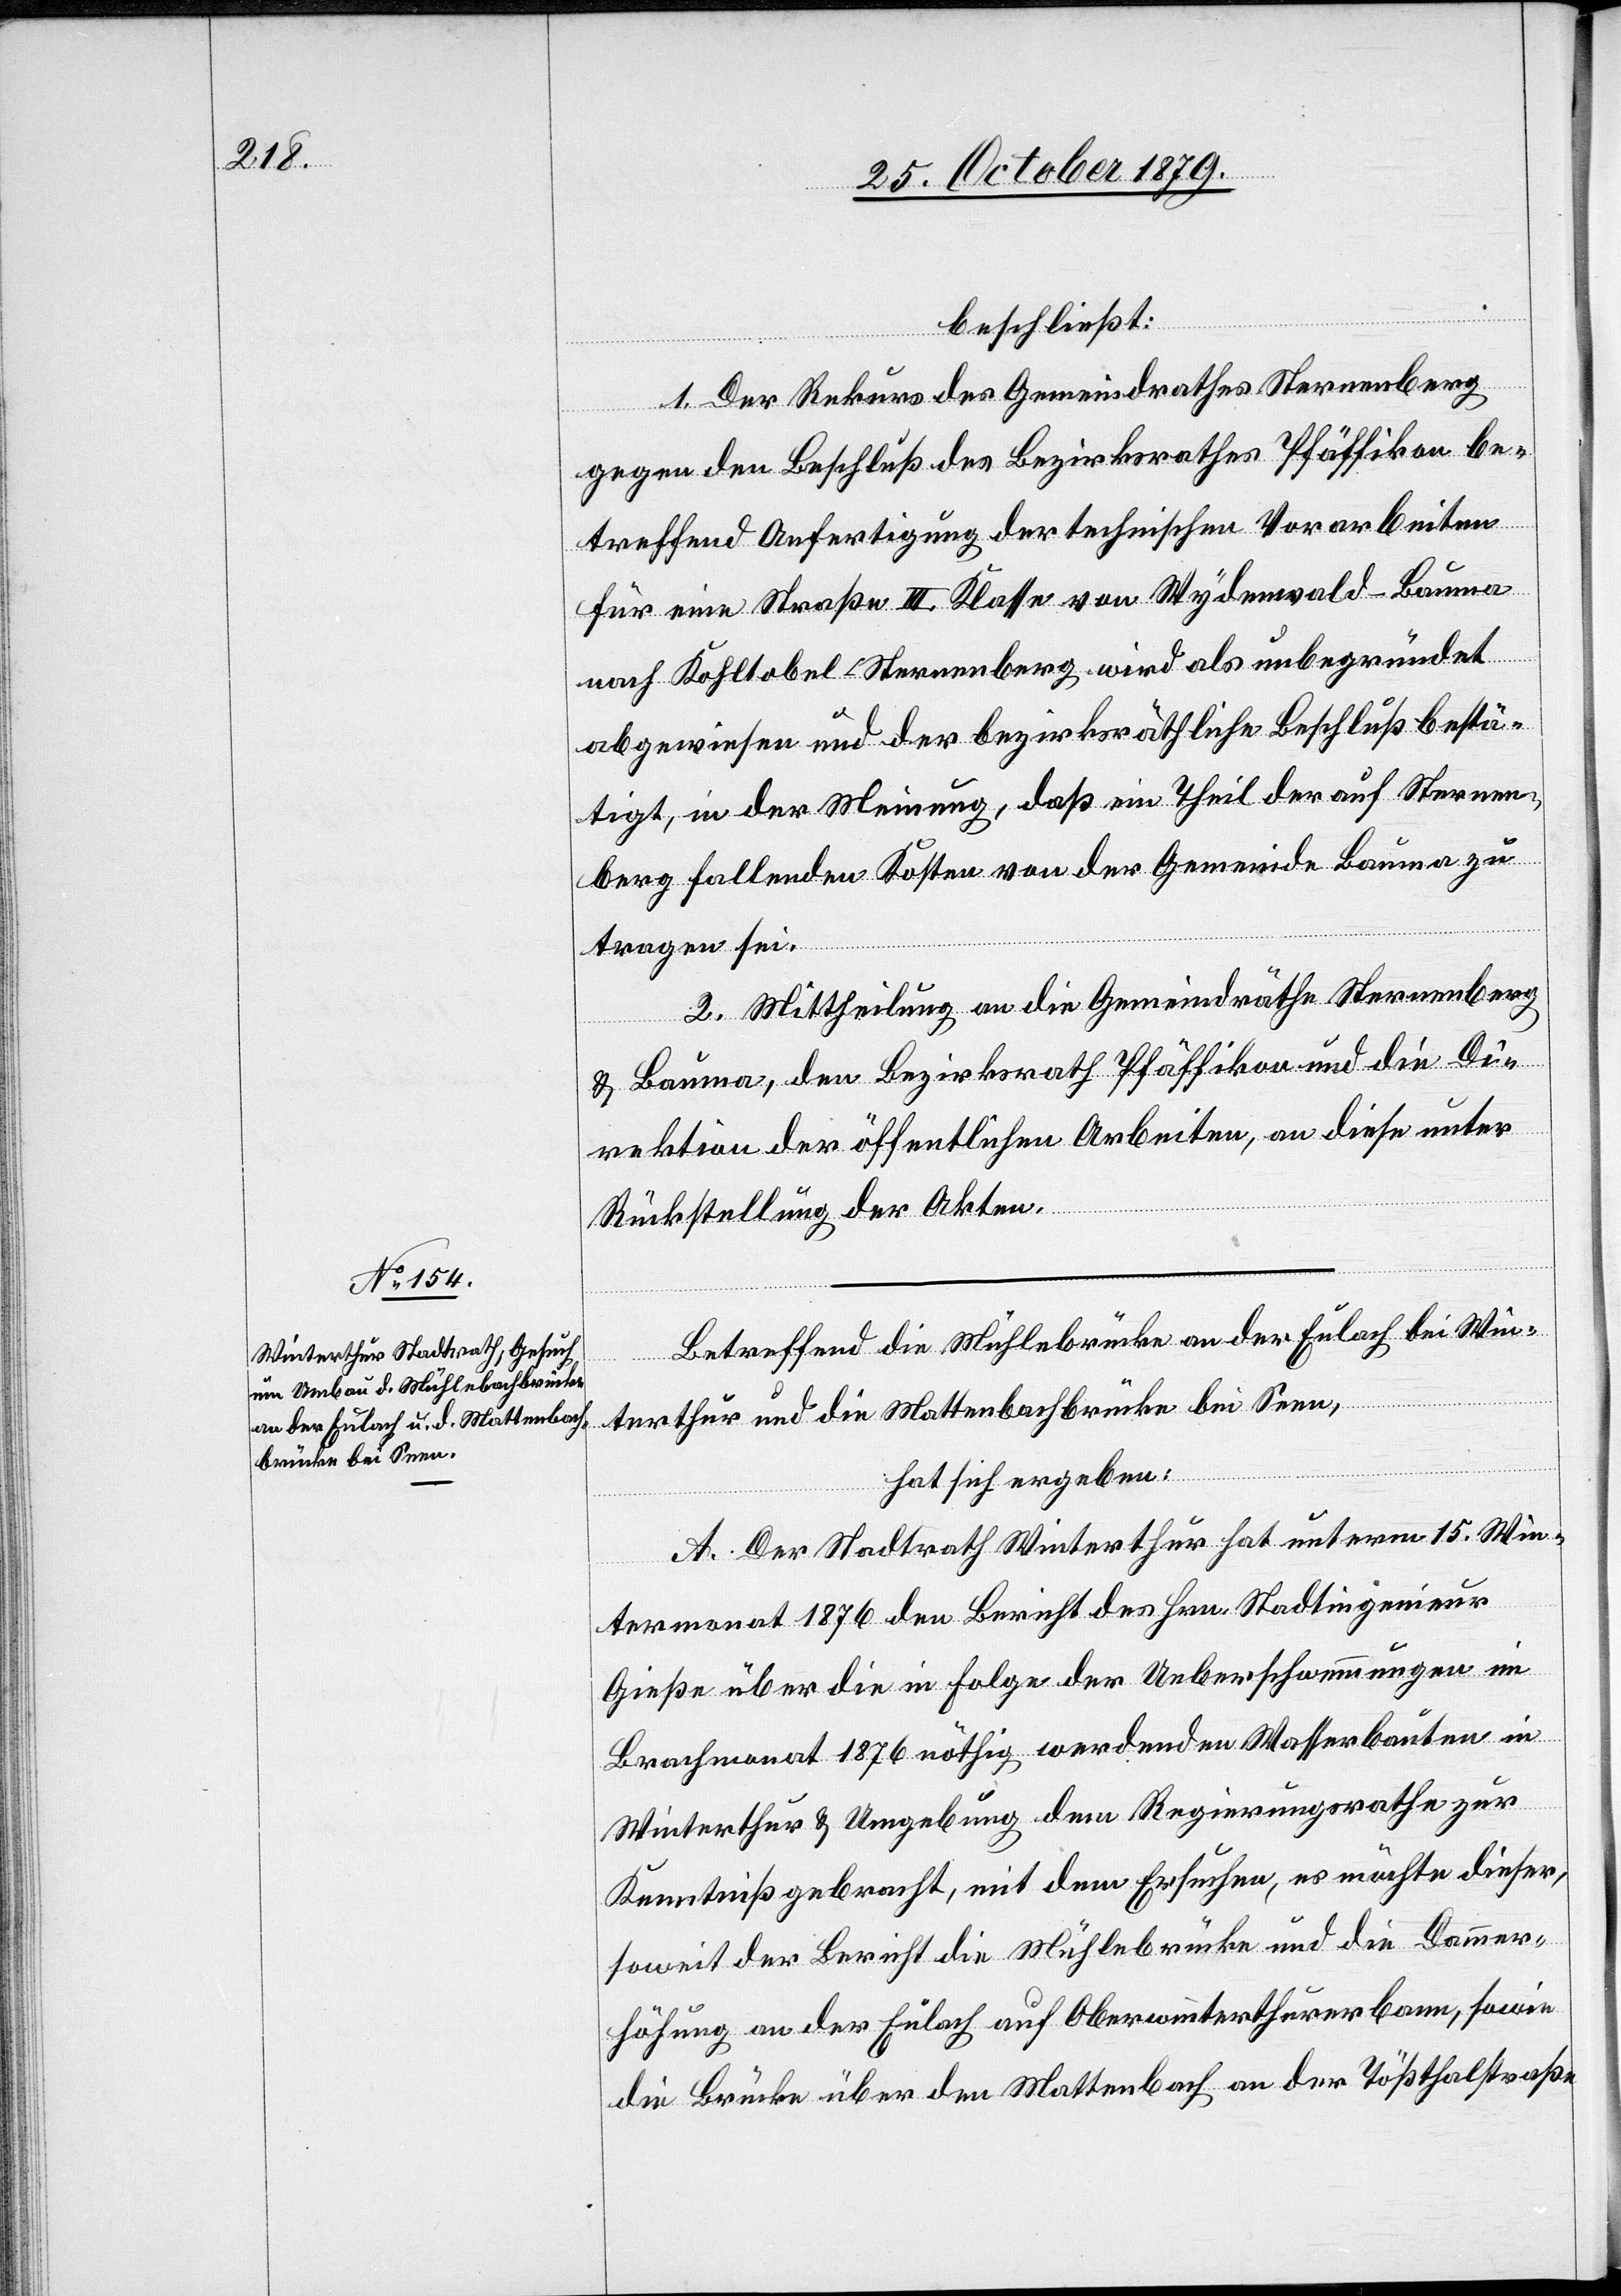
beschließt:
1. Der Rekurs des Gemeindrathes Sternenberg
gegen den Beschluß des Bezirksrathes Pfäffikon be¬
treffend Anfertigung der technischen Vorarbeiten
für eine Straße III. Klasse von Wydenwald - Bauma
nach Kohltobel - Sternenberg wird als unbegründet
abgewiesen und der bezirksräthliche Beschluß bestä¬
tigt, in der Meinung, daß ein Theil der auf Sternen¬
berg fallenden Kosten von der Gemeinde Bauma zu
tragen sei.
2. Mittheilung an die Gemeindräthe Sternenberg
& Bauma, den Bezirksrath Pfäffikon und die Di¬
rektion der öffentlichen Arbeiten, an diese unter
Rückstellung der Akten.
Betreffend die Mühlebrücke an der Eulach bei Win¬
terthur und die Mattenbachbrücke bei Seen,
hat sich ergeben:
A. Der Stadtrath Winterthur hat unterm 15. Win¬
termonat 1876 den Bericht des Hrn. Stadtingenieur
Gieße über die in Folge der Ueberschwemmungen im
Brachmonat 1876 nöthig werdenden Wasserbauten in
Winterthur & Umgebung dem Regierungsrathe zur
Kenntniß gebracht, mit dem Ersuchen es möchte dieser,
soweit der Bericht die Mühlebrücke und die Dammer¬
höhung an der Eulach auf Oberwinterthurerbann, sowie
die Brücke über den Mattenbach an der Tößthalerstraße